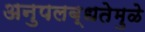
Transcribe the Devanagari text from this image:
अनुपलब्धतेमुळे